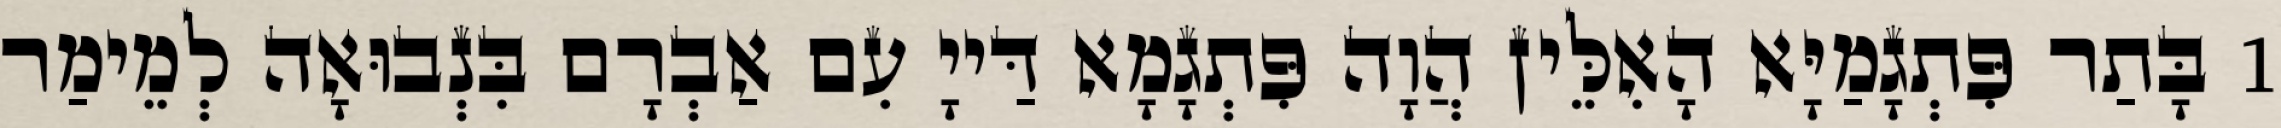
1 בָּתַר פִּתְגָמַיָּא הָאִלֵּין הֲוָה פִּתְגָמָא דַּייָ עִם אַבְרָם בִּנְבוּאָה לְמֵימַר